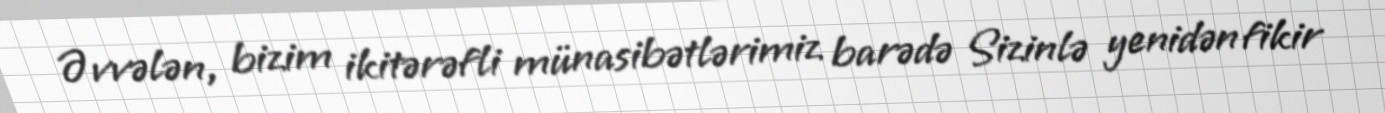
Əvvələn, bizim ikitərəfli münasibətlərimiz barədə Sizinlə yenidən fikir